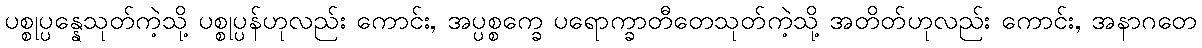
ပစ္စုပ္ပန္နေသုတ်ကဲ့သို့ ပစ္စုပ္ပန်ဟုလည်း ကောင်း, အပ္ပစ္စက္ခေ ပရောက္ခာတီတေသုတ်ကဲ့သို့ အတိတ်ဟုလည်း ကောင်း, အနာဂတေ